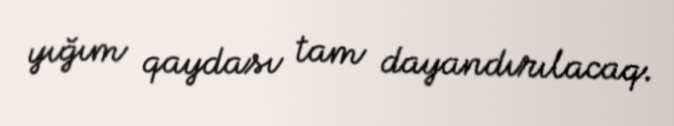
yığım qaydası tam dayandırılacaq.